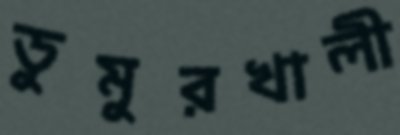
ডুমুরখালী